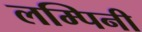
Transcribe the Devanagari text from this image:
लम्पिनी